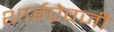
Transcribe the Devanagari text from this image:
शाईऐवजी